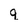
Character: q